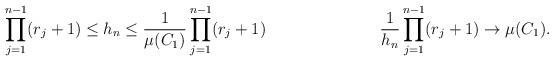
LaTeX: \begin{align*}\prod_{j=1}^{n-1} (r_{j}+1) \leq h_{n} \leq \frac{1}{\mu(C_{1})}\prod_{j=1}^{n-1} (r_{j}+1) \quad\quad\quad\quad\quad\quad\quad\frac{1}{h_{n}}\prod \limits_{j=1}^{n-1} (r_{j}+1) \to \mu(C_{1}).\end{align*}